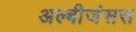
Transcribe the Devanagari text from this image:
अल्बीजंसस